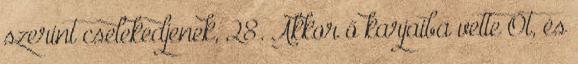
szerint cselekedjenek, 28. Akkor ő karjaiba vette Őt, és